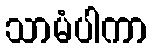
သာမံပါကာ